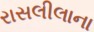
રાસલીલાના